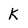
Character: K